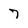
Character: 7